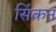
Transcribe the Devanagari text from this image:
सिंकन